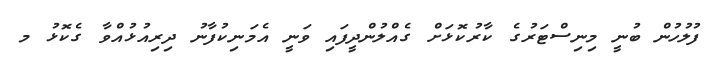
ފުލުހުން ބުނީ މިނިސްޓަރުގެ ކާރުކޮޅަށް ގެއްލުންދީފައި ވަނީ އެމަނިކުފާނު ދިރިއުޅުއްވާ ގެކޮޅު މ